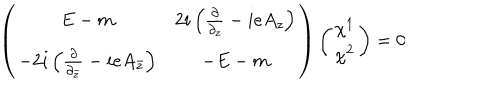
\left( \begin{array} { c c } { { E - m } } & { { 2 i \left( \frac { \partial } { \partial _ { z } } - i e A _ { z } \right) } } \\ { { - 2 i \left( \frac { \partial } { \partial _ { \bar { z } } } - i e A _ { \bar { z } } \right) } } & { { - E - m } } \\ \end{array} \right) \left( \begin{array} { c } { { \chi ^ { 1 } } } \\ { { \chi ^ { 2 } } } \\ \end{array} \right) = 0